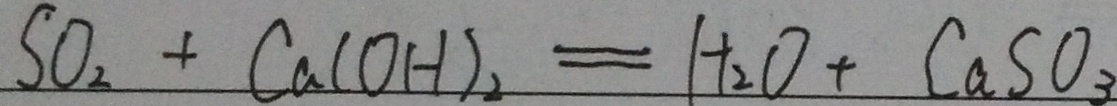
S O _ { 2 } + C a ( O H ) _ { 2 } = H _ { 2 } O + C a S O _ { 3 }